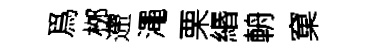
爲桞遰澠栗緡輈窠